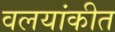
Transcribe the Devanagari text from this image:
वलयांकीत